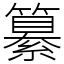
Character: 纂